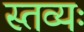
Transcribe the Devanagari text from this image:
स्तव्यः